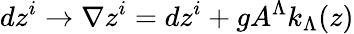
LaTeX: dz^{i}\rightarrow\nabla z^{i}=dz^{i}+gA^{\Lambda}k_{\Lambda}(z)